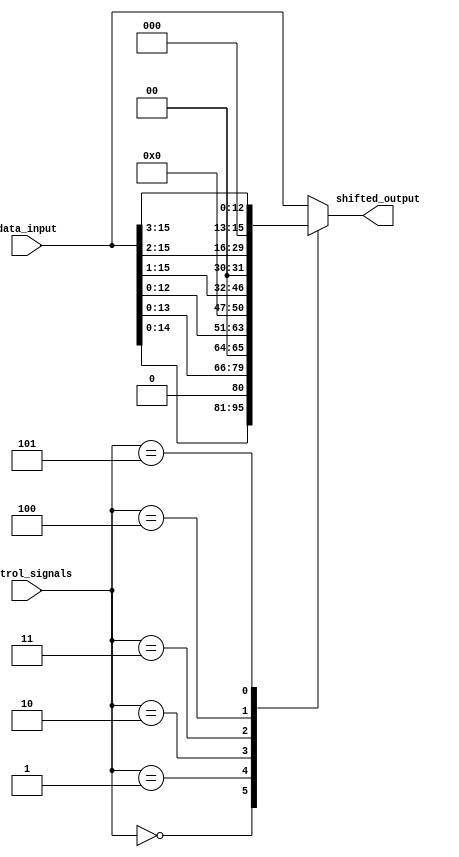
module HybridBarrelShifter (
    input [15:0] data_input,
    input [2:0] control_signals,
    output reg [15:0] shifted_output
);

always @(*) begin
    case (control_signals)
        3'b000: shifted_output = data_input << 1; // Shift left by 1
        3'b001: shifted_output = data_input << 2; // Shift left by 2
        3'b010: shifted_output = data_input << 3; // Shift left by 3
        3'b011: shifted_output = data_input >> 1; // Shift right by 1
        3'b100: shifted_output = data_input >> 2; // Shift right by 2
        3'b101: shifted_output = data_input >> 3; // Shift right by 3
        default: shifted_output = data_input; // No shift
    endcase
end

endmodule